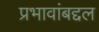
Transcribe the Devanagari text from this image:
प्रभावांबद्दल